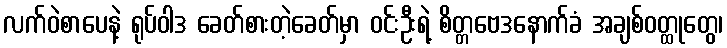
လက်ဝဲစာပေနဲ့ ရုပ်ဝါဒ ခေတ်စားတဲ့ခေတ်မှာ ဝင်းဦးရဲ့ စိတ္တဗေဒနောက်ခံ အချစ်ဝတ္ထုတွေ၊